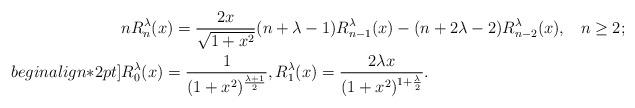
LaTeX: \begin{align*}&nR_{n}^{\lambda}(x)=\frac{2x}{\sqrt{1+x^2}}(n+\lambda-1)R_{n-1}^{\lambda}(x)-(n+2\lambda-2)R_{n-2}^{\lambda}(x),\;\;\; n\geq 2;\\begin{align*}2pt]&R_{0}^{\lambda}(x)=\frac{1}{(1+x^2)^{\frac{\lambda+1}{2}}},R_{1}^{\lambda}(x)= \frac{2\lambda x}{(1+x^2)^{1+\frac{\lambda}{2}}}.\end{align*}